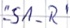
Text: "-S1_R"